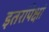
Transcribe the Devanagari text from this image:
इतरांपेक्षां